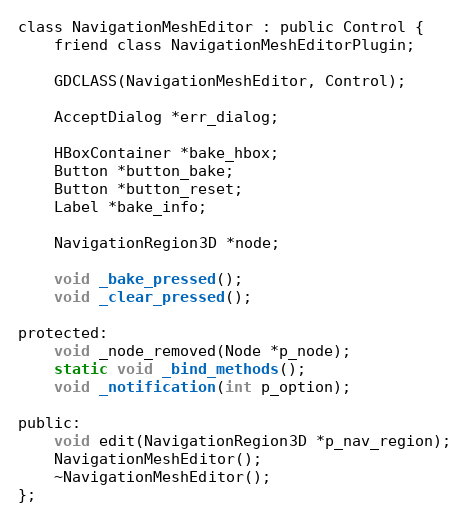
Language: C
class NavigationMeshEditor : public Control {
	friend class NavigationMeshEditorPlugin;

	GDCLASS(NavigationMeshEditor, Control);

	AcceptDialog *err_dialog;

	HBoxContainer *bake_hbox;
	Button *button_bake;
	Button *button_reset;
	Label *bake_info;

	NavigationRegion3D *node;

	void _bake_pressed();
	void _clear_pressed();

protected:
	void _node_removed(Node *p_node);
	static void _bind_methods();
	void _notification(int p_option);

public:
	void edit(NavigationRegion3D *p_nav_region);
	NavigationMeshEditor();
	~NavigationMeshEditor();
};